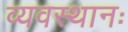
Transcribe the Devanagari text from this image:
व्यवस्थानः